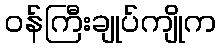
ဝန်ကြီးချုပ်ကျိုက